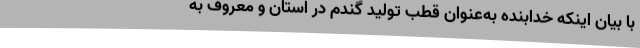
با بیان اینکه خدابنده به‌عنوان قطب تولید گندم در استان و معروف به